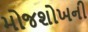
મોજશોખની